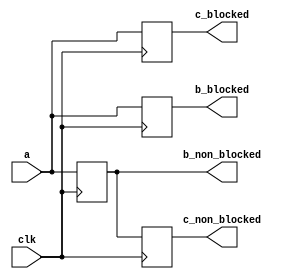
`timescale 1ns / 1ps
//////////////////////////////////////////////////////////////////////////////////
// Company: 
// Engineer: 
// 
// Design Name: 
// Module Name:    unblocked 
// Project Name: 
// Target Devices: 
// Tool versions: 
// Description: 
//
// Dependencies: 
//
// Revision: 
// Revision 0.01 - File Created
// Additional Comments: 
//
//////////////////////////////////////////////////////////////////////////////////
module blocked_and_non_blocked(
   input clk,
   input a,
   output reg b_blocked,
   output reg c_blocked,
   output reg b_non_blocked,
   output reg c_non_blocked
   );

   // 
   always @(posedge clk) begin
      b_blocked = a;
      c_blocked = b_blocked;
   end
   // 
   always @(posedge clk) begin
      b_non_blocked <= a;
      c_non_blocked <= b_non_blocked;
   end

endmodule